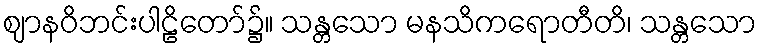
ဈာနဝိဘင်းပါဠိတော်၌။ သန္တသော မနသိကရောတီတိ၊ သန္တသော